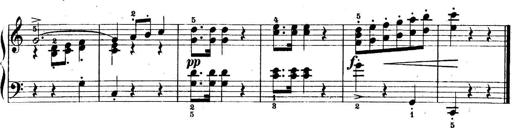
Title: 5 Sonatinas
Composer: Theodor Kirchner